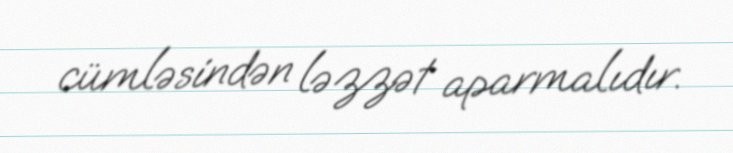
cümləsindən ləzzət aparmalıdır.